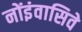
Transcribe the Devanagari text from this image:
नोंइंवासिवे